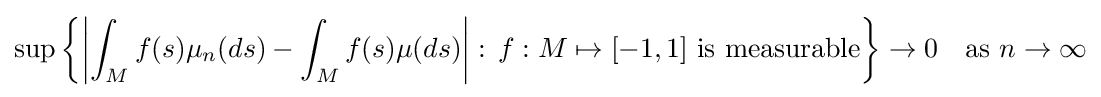
\sup \left\{\left|\int _{M}f(s)\mu _{n}(ds)-\int _{M}f(s)\mu (ds)\right|:\,f:M\mapsto [-1,1]{\text{ is measurable}}\right\}\rightarrow 0\quad {\text{as }}n\rightarrow \infty